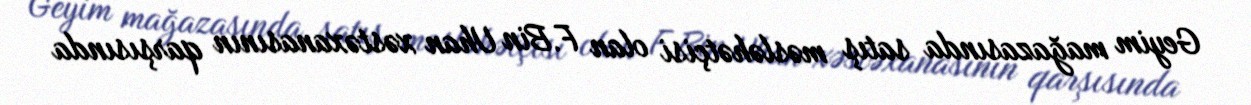
Geyim mağazasında satış məsləhətçisi olan F.Bin Uhan xəstəxanasının qarşısında